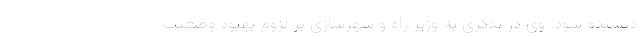
دیشیده شود. وی در تذکری به وزیر راه و شهرسازی بر لزوم بهبود وضعیت